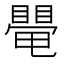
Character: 𥋁